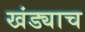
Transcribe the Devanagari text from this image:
खंड्याच